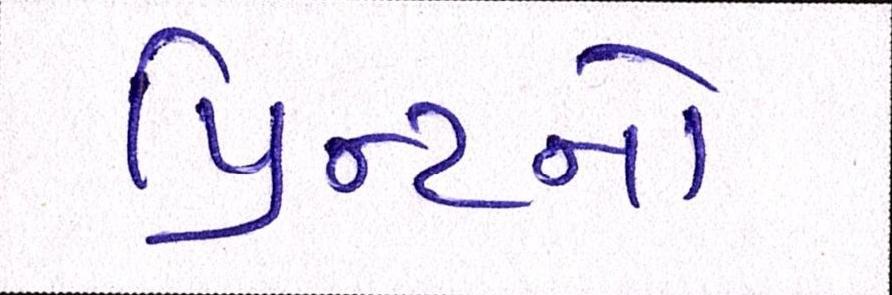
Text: પ્રિન્ટનો